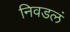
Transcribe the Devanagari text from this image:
निवडलं